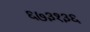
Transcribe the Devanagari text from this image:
६७३१३६